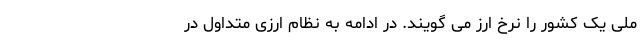
ملی یک کشور را نرخ ارز می گویند. در ادامه به نظام ارزی متداول در